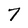
Character: 7